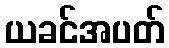
ယခင်အပတ်